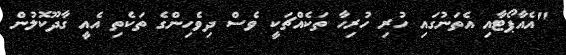
"އެއާޕޯޓާއި އެތަނުގައި ހުރި ހުރިހާ ތަކެއްޗަކީ ވެސް ދިވެހިންގެ ތަކެތި އެއީ ގާދޫކޮލުން